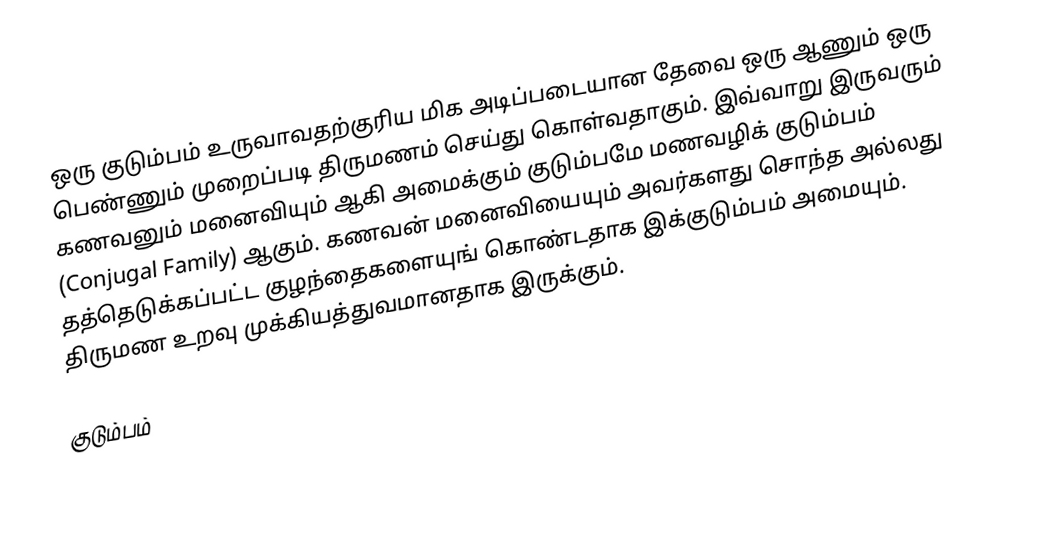
ஒரு குடும்பம் உருவாவதற்குரிய மிக அடிப்படையான தேவை ஒரு ஆணும் ஒரு பெண்ணும் முறைப்படி திருமணம் செய்து கொள்வதாகும். இவ்வாறு இருவரும் கணவனும் மனைவியும் ஆகி அமைக்கும் குடும்பமே மணவழிக் குடும்பம் (Conjugal Family) ஆகும். கணவன் மனைவியையும் அவர்களது சொந்த அல்லது தத்தெடுக்கப்பட்ட குழந்தைகளையுங் கொண்டதாக இக்குடும்பம் அமையும். திருமண உறவு முக்கியத்துவமானதாக இருக்கும்.

குடும்பம்